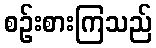
စဉ်းစားကြသည်